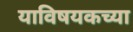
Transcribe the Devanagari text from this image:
याविषयकच्या